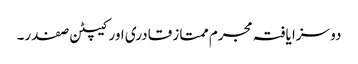
دو سزا یافتہ مجرم ممتاز قادری اور کیپٹن صفدر۔